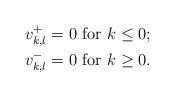
LaTeX: \begin{align*}v^+_{k,l}=0 \mbox{ for }k\leq 0;\\v^-_{k,l}=0 \mbox{ for }k\geq 0.\end{align*}